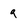
Character: 9